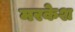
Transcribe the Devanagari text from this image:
मरकेश